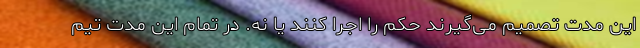
این مدت تصمیم می‌گیرند حکم را اجرا کنند یا نه. در تمام این مدت تیم